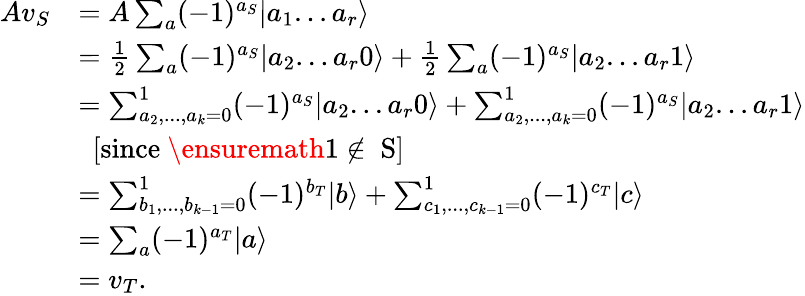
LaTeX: \begin{array}{rl}{Av_{S}}&{=A\sum_{a}(-1)^{a_{S}}|a_{1}...a_{r}\rangle}\\ &{=\frac{1}{2}\sum_{a}(-1)^{a_{S}}|a_{2}...a_{r}0\rangle+\frac{1}{2}\sum_{a}(-1)^{a_{S}}|a_{2}...a_{r}1\rangle}\\ &{=\sum_{a_{2},...,a_{k}=0}^{1}(-1)^{a_{S}}|a_{2}...a_{r}0\rangle+\sum_{a_{2},...,a_{k}=0}^{1}(-1)^{a_{S}}|a_{2}...a_{r}1\rangle}\\ &{\ \ [\mathrm{since~\ensuremath{1\not\in~S}}]}\\ &{=\sum_{b_{1},...,b_{k-1}=0}^{1}(-1)^{b_{T}}|b\rangle+\sum_{c_{1},...,c_{k-1}=0}^{1}(-1)^{c_{T}}|c\rangle}\\ &{=\sum_{a}(-1)^{a_{T}}|a\rangle}\\ &{=v_{T}.}\end{array}